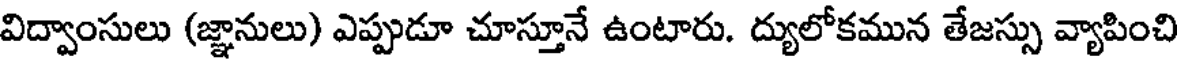
విద్వాంసులు (జ్ఞానులు) ఎప్పుడూ చూస్తూనే ఉంటారు. ద్యులోకమున తేజస్సు వ్యాపించి